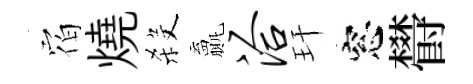
𪧐燒殺贏洽玕窓欎